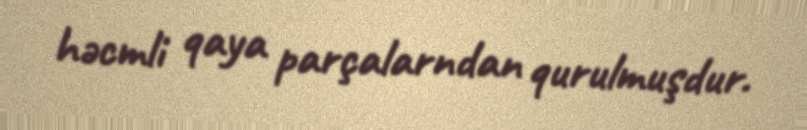
həcmli qaya parçalarndan qurulmuşdur.